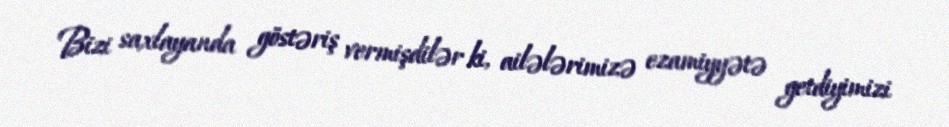
Bizi saxlayanda göstəriş vermişdilər ki, ailələrimizə ezamiyyətə getdiyimizi